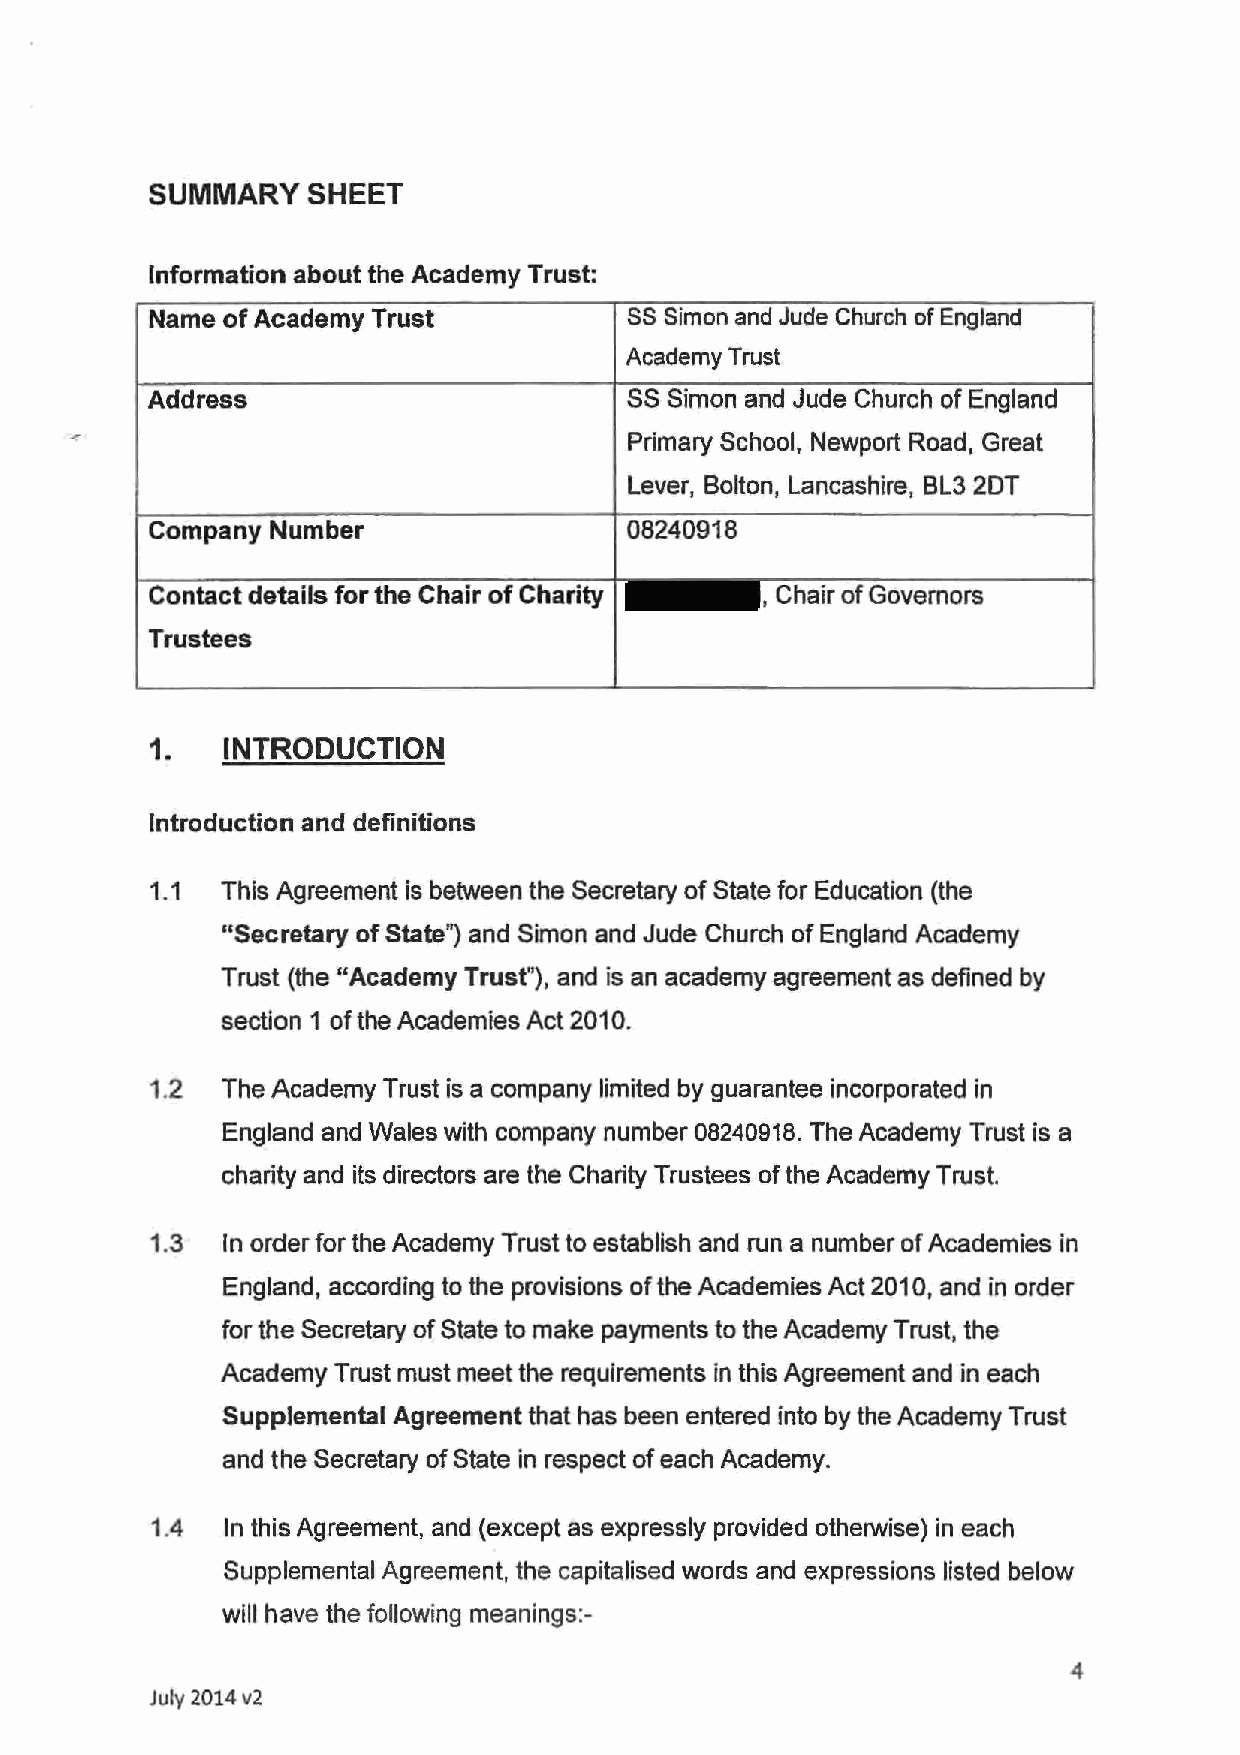
SUMMARY   SHEET
 Information about the Academy Trust:
 Name of Academy Trust           SS Simon and Jude Church of England
 Academy Trust
 Address                         SS Simon and Jude Church of England
 Primary School, Newport Road, Great
 Lever, Bolton, Lancashire, BL3 2DT
 Company Number                  08240918
 Contact details for the Chair of Charity , Chair of Governors
 Trustees
 1.   INTRODUCTION
 Introduction and definitions
 1.1  This Agreement is between the Secretary of State for Education (the
 "Secretary of State") and Simon and Jude Church of England Academy
 Trust (the "Academy Trust"), and is an academy agreement as defined by
 section 1 of the Academies Act 2010.
 1.2  The Academy Trust is a company limited by guarantee incorporated in
 England and Wales with company number 08240918. The Academy Trust is a
 charity and its directors are the Charity Trustees of the Academy Trust.
 1.3  In order for the Academy Trust to establish and run a number of Academies in
 England, according to the provisions of the Academies Act 2010, and in order
 for the Secretary of State to make payments to the Academy Trust, the
 Academy Trust must meet the requirements in this Agreement and in each
 Supplemental Agreement that has been entered into by the Academy Trust
 and the Secretary of State in respect of each Academy.
 1.4  In this Agreement, and (except as expressly provided otherwise) in each
 Supplemental Agreement, the capitalised words and expressions listed below
 will have the following meanings:-
 4
 July 2014v2